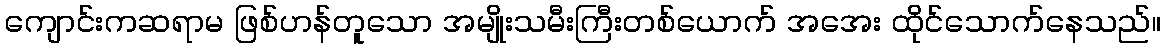
ကျောင်းကဆရာမ ဖြစ်ဟန်တူသော အမျိုးသမီးကြီးတစ်ယောက် အအေး ထိုင်သောက်နေသည်။